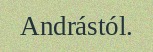
Andrástól.